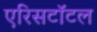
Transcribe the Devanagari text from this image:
एरिसटॉटल